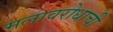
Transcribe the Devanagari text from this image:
मलावरोधाची